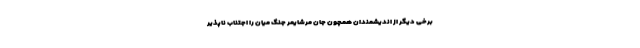
برخی دیگر از اندیشمندان همچون جان مرشایمر جنگ میان را اجتناب ناپذیر